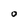
Character: O